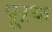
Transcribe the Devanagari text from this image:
पूऱक